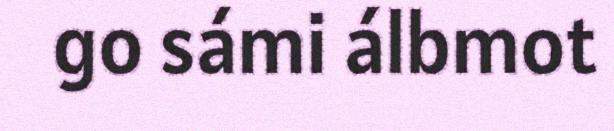
go sámi álbmot